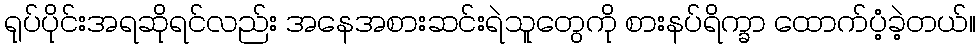
ရုပ်ပိုင်းအရဆိုရင်လည်း အနေအစားဆင်းရဲသူတွေကို စားနပ်ရိက္ခာ ထောက်ပံ့ခဲ့တယ်။